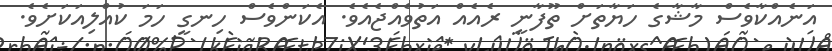
އަނެއްކާވެސް މާޝާގެ ހަޔާތަށް ތޫފާނީ ރެއެއް އަތުވެއްޖެއެވެ. އެކަންވެސް ހިނގީ ހަމަ ކުއްލިއަކަށެވެ.